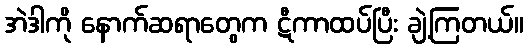
အဲဒါကို နောက်ဆရာတွေက ဋီကာထပ်ပြီး ချဲ့ကြတယ်။